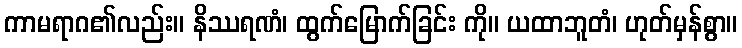
ကာမရာဂ၏လည်း။ နိဿရဏံ၊ ထွက်မြောက်ခြင်း ကို။ ယထာဘူတံ၊ ဟုတ်မှန်စွာ။